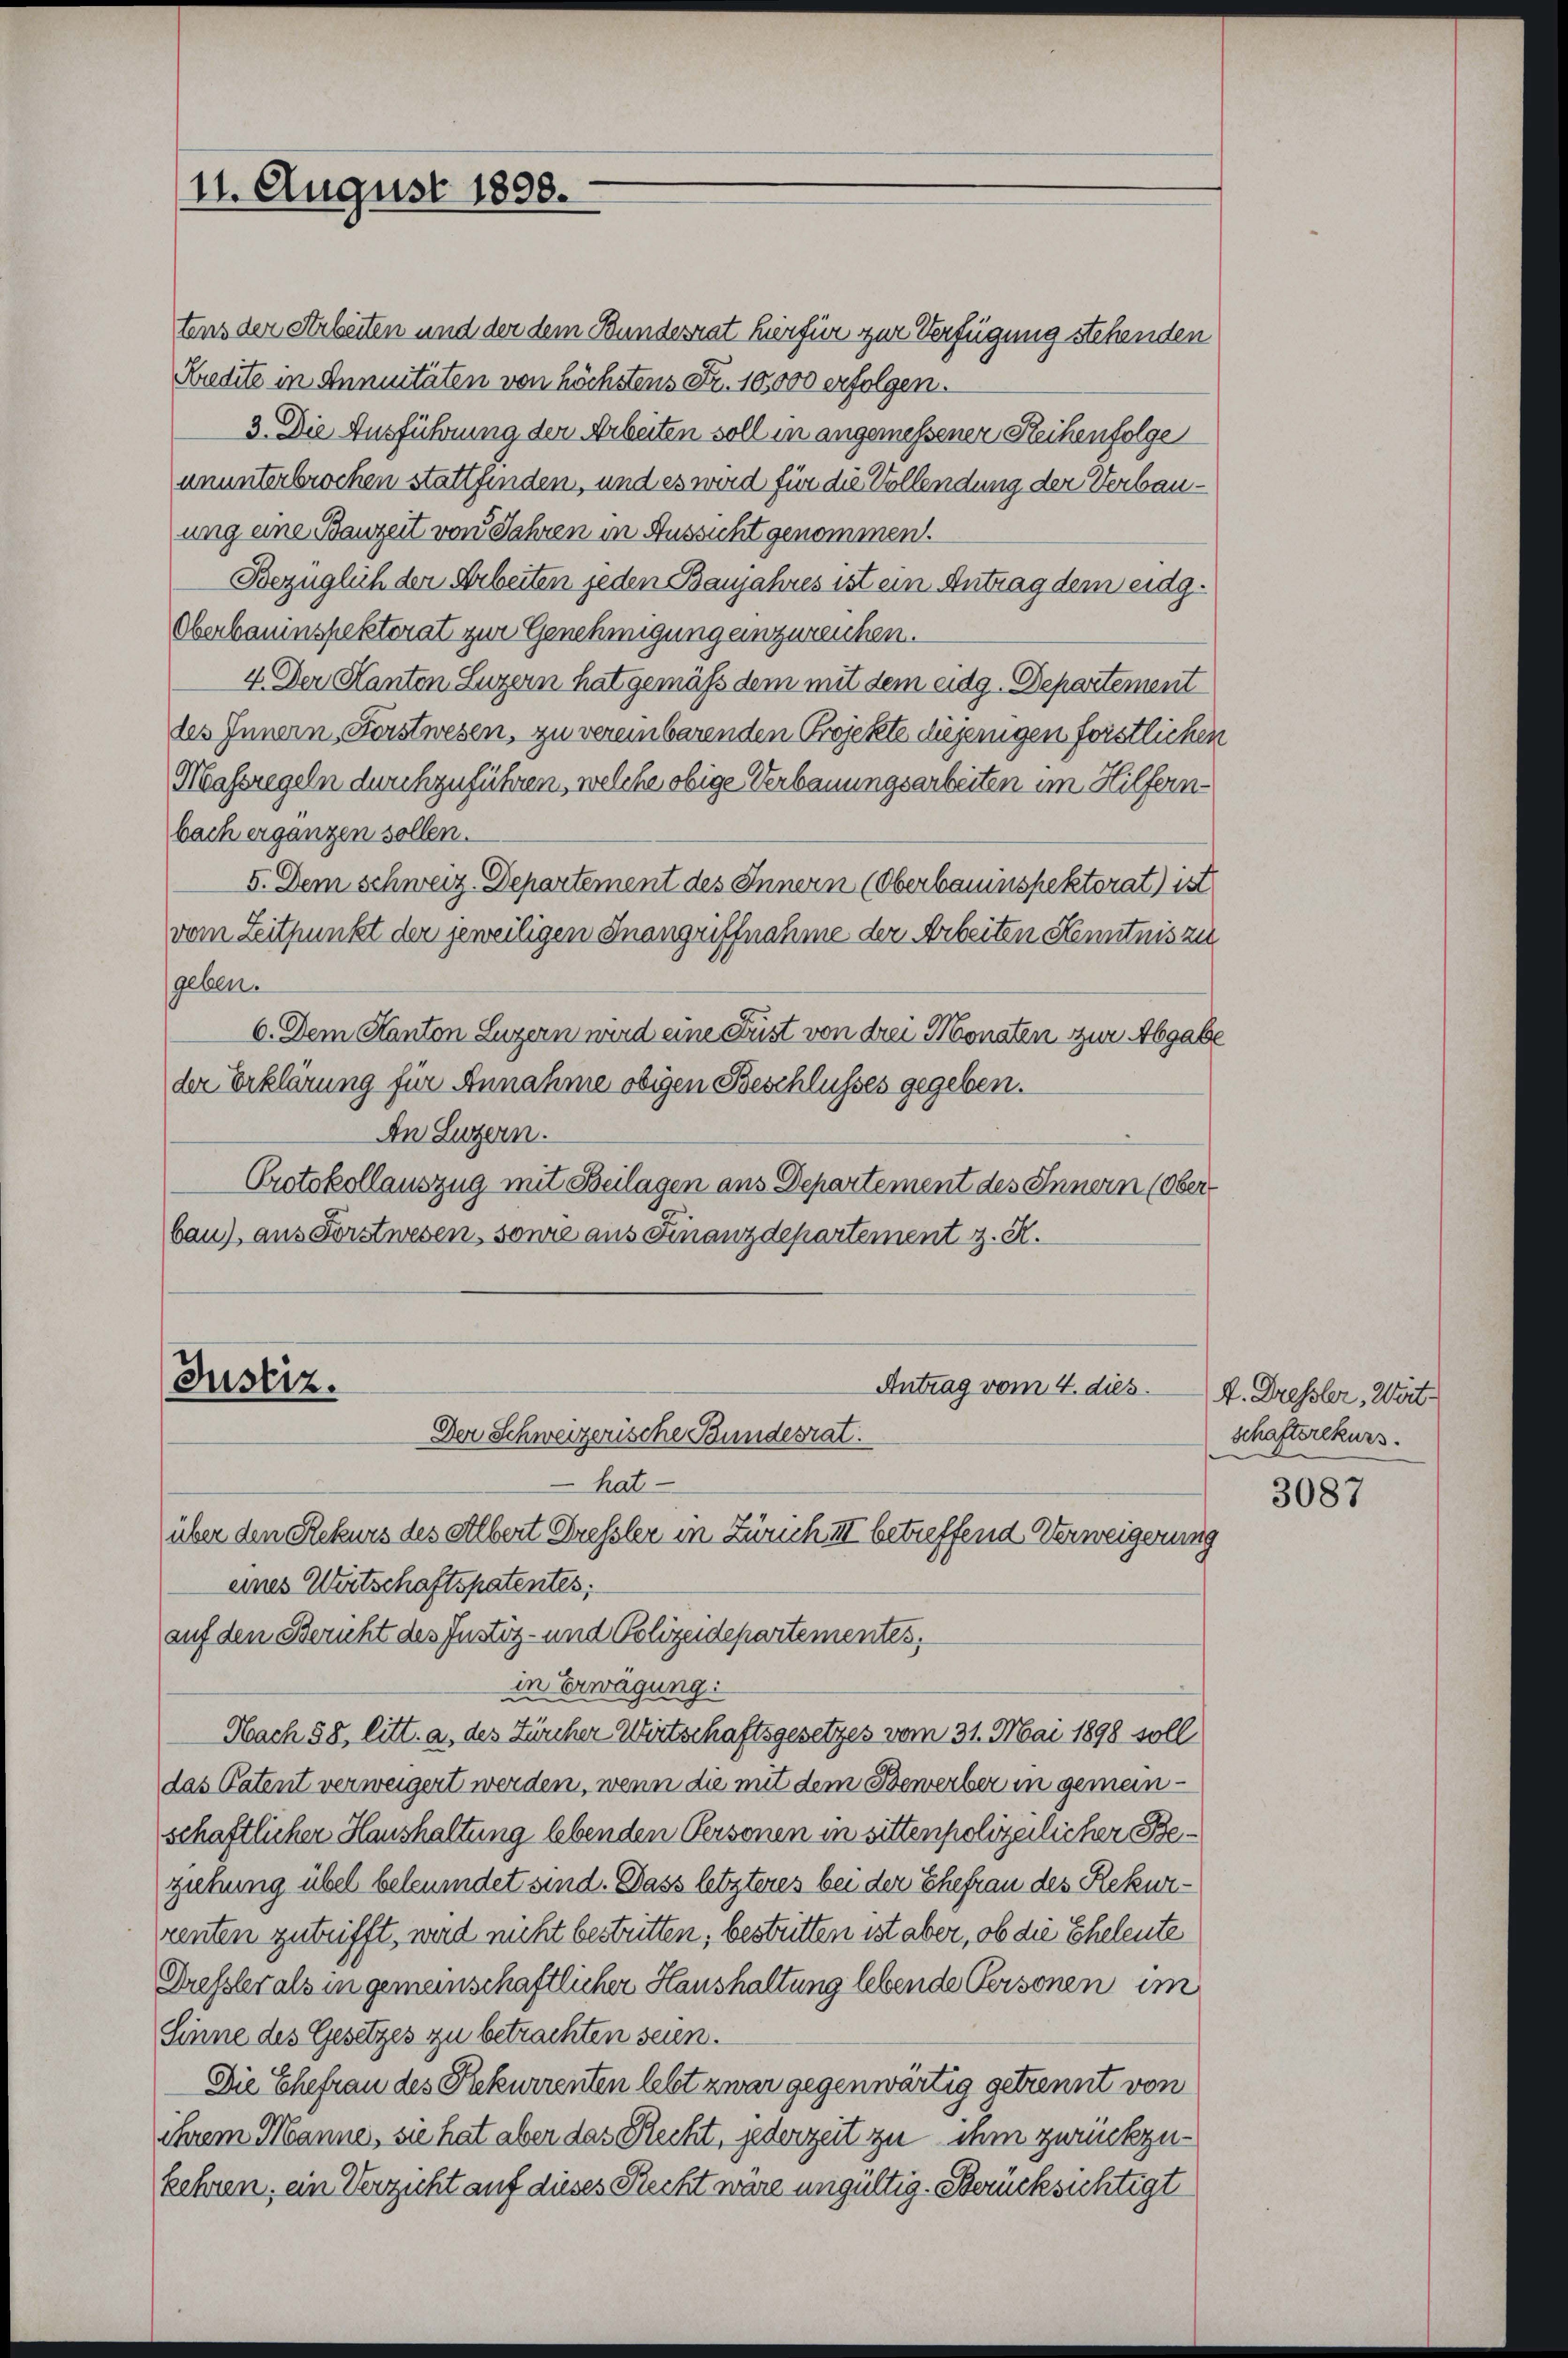
11. August 1898.

Justiz.
Antrag vom 4. dies
Der Schweizerische Bundesrat.
hat
über den Rekurs des Albert Fressler in Zürich III betreffend Verweigerung
eines Wirtschaftspatentes;

tens der Arbeiten und der dem Bundesrat hierfür zur Verfügung stehenden
Kredite in Annuitäten von höchstens Fr. 10,000 erfolgen.
3. Die Ausführung der Arbeiten soll in angemessener Steihenfolge
ununterbrochen stattfinden, und es wird für die Vollendung der Verbauung eine Bauzeit von Jahren in Aussicht genommen.
Bezüglich der Arbeiten jeden Banjahres ist ein Antrag dem eidg.
Oberbauinspektorat zur Genehmigung einzureichen.
4. Der Hanton Luzern hat gemäß dem mit dem eidg. Departement
des Innern, Forstwesen, zu vereinbarenden Projekte diejenigen forstlichen
Massregeln durchzuführen, welche obige Verbauungsarbeiten im Hilfernbach erganzen sollen.
5. Dem Schweiz. Departement des Innern (Oberbauinspektorat) ist
vom Zeitpunkt der jeweiligen Inangriffnahme der Arbeiten Kenntnis zu
geben.
6. Dem Kanton Luzern wird eine Füst von drei Monaten zur Abgabe
der Erklärung für Annahme obigen Beschlusses gegeben.
An Luzern.
Protokollauszug mit Beilagen aus Departement des Innern (Ober
bau), aus Forstwesen, sowie aus Finanzdepartement z. R.

auf den Bericht des Justiz- und Polizeidepartementes,
in Erwägung:
Nach 58, litt. a. des Zürcher Wirtschaftsgesetzes vom 31. Mai 1898 soll
das Patent verweigert werden, wenn die mit dem Bewerber in gemeinschaftlicher Haushaltung lebenden Personen in sittenpolizeilicher Beziehung übel beleumdet sind. Dass letzteres bei der Ehefrau des Rekurrenten zutrifft, wird nicht bestritten, bestritten ist aber, ob die Eheleute
Drefsler als in gemeinschaftlicher Haushaltung lebende Personen im
Sinne des Gesetzes zu betrachten seien.
Die Ehefrau des Rekurrenten lebt zwar gegenwärtig getrennt von
ihrem Manne, sie hat aber das Recht, jederzeit zu ihm zurückzukehren, ein Verzicht auf dieses Recht wäre ungültig. Berücksichtigt

f. Dressler, Wirt
schafterekurs.

3087